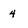
Character: 4